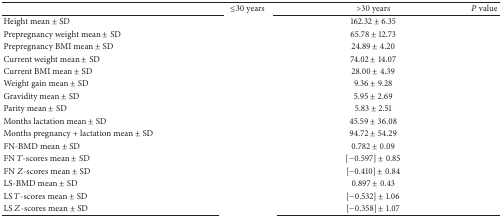
<table><thead><tr><td>[EMPTY_CELL]</td><td><b>≤30 years</b></td><td><b>&gt;30 years</b></td><td><b><i>P</i> value</b></td></tr></thead><tbody><tr><td>Height mean ± SD </td><td>[EMPTY_CELL]</td><td>162.32 ± 6.35</td><td>[EMPTY_CELL]</td></tr><tr><td>Prepregnancy weight mean ± SD</td><td>[EMPTY_CELL]</td><td>65.78 ± 12.73</td><td>[EMPTY_CELL]</td></tr><tr><td>Prepregnancy BMI mean ± SD </td><td>[EMPTY_CELL]</td><td>24.89 ± 4.20</td><td>[EMPTY_CELL]</td></tr><tr><td>Current weight mean ± SD </td><td>[EMPTY_CELL]</td><td>74.02 ± 14.07</td><td>[EMPTY_CELL]</td></tr><tr><td>Current BMI mean ± SD </td><td>[EMPTY_CELL]</td><td>28.00 ± 4.39</td><td>[EMPTY_CELL]</td></tr><tr><td>Weight gain mean ± SD </td><td>[EMPTY_CELL]</td><td>9.36 ± 9.28</td><td>[EMPTY_CELL]</td></tr><tr><td>Gravidity mean ± SD </td><td>[EMPTY_CELL]</td><td>5.95 ± 2.69</td><td>[EMPTY_CELL]</td></tr><tr><td>Parity mean ± SD </td><td>[EMPTY_CELL]</td><td>5.83 ± 2.51</td><td>[EMPTY_CELL]</td></tr><tr><td>Months lactation mean ± SD </td><td>[EMPTY_CELL]</td><td>45.59 ± 36.08</td><td>[EMPTY_CELL]</td></tr><tr><td>Months pregnancy + lactation mean ± SD</td><td>[EMPTY_CELL]</td><td>94.72 ± 54.29</td><td>[EMPTY_CELL]</td></tr><tr><td>FN-BMD mean ± SD </td><td>[EMPTY_CELL]</td><td>0.782 ± 0.09</td><td>[EMPTY_CELL]</td></tr><tr><td>FN <i>T</i>-scores mean ± SD </td><td>[EMPTY_CELL]</td><td>[−0.597] ± 0.85</td><td>[EMPTY_CELL]</td></tr><tr><td>FN <i>Z</i>-scores mean ± SD </td><td>[EMPTY_CELL]</td><td>[−0.410] ± 0.84</td><td>[EMPTY_CELL]</td></tr><tr><td>LS-BMD mean ± SD </td><td>[EMPTY_CELL]</td><td>0.897 ± 0.43</td><td>[EMPTY_CELL]</td></tr><tr><td>LS <i>T</i>-scores mean ± SD </td><td>[EMPTY_CELL]</td><td>[−0.532] ± 1.06</td><td>[EMPTY_CELL]</td></tr><tr><td>LS <i>Z</i>-scores mean ± SD </td><td>[EMPTY_CELL]</td><td>[−0.358] ± 1.07</td><td>[EMPTY_CELL]</td></tr></tbody></table>